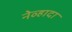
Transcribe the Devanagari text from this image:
नेव्हादा